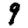
Digit: 9